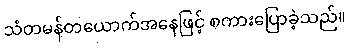
သံတမန်တယောက်အနေဖြင့် စကားပြောခဲ့သည်။